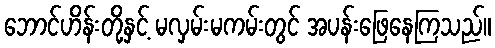
ဘောင်ဟိန်းတို့နှင့် မလှမ်းမကမ်းတွင် အပန်းဖြေနေကြသည်။